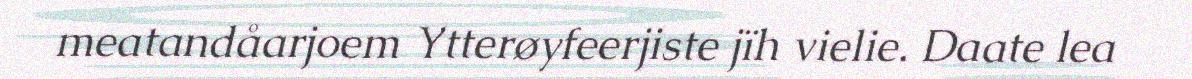
meatandåarjoem Ytterøyfeerjiste jïh vielie. Daate lea